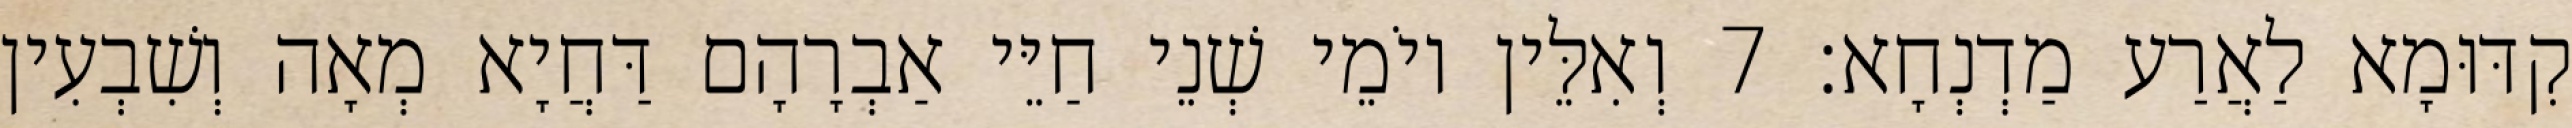
קִדּוּמָא לַאֲרַע מַדְנְחָא׃ 7 וְאִלֵּין יוֹמֵי שְׁנֵי חַיֵּי אַבְרָהָם דַּחֲיָא מְאָה וְשִׁבְעִין